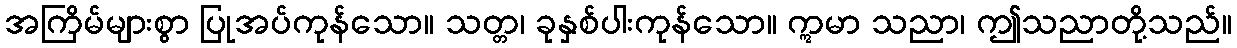
အကြိမ်များစွာ ပြုအပ်ကုန်သော။ သတ္တ၊ ခုနှစ်ပါးကုန်သော။ ဣမာ သညာ၊ ဤသညာတို့သည်။